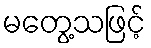
မတွေ့သဖြင့်